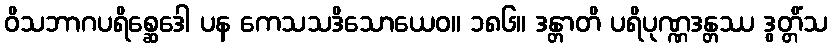
ဝိသဘာဂပရိစ္ဆေဒေါ ပန ကေသသဒိသောယေဝ။ ၁၈၆။ ဒန္တာတိ ပရိပုဏ္ဏဒန္တဿ ဒွတ္တိံသ